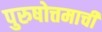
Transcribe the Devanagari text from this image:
पुरुषोत्तमाची